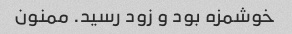
خوشمزه بود و زود رسید. ممنون